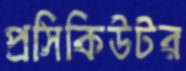
প্রসিকিউটর